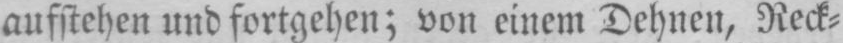
aufstehen und fortgehen; von einem Dehnen, Reck⸗